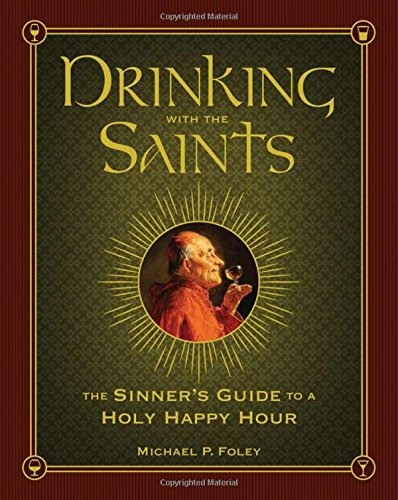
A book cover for Drinking with the Saints: The Sinner's Guide to a Holy Happy Hour; Michael P. Foley; Cookbooks, Food & Wine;